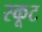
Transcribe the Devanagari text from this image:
स्कूट